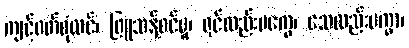
ကျင့်ဝတ်စုံလင်၊ ဖြူသန့်စင်မူ၊ ရှင်လည်းမကွေ၊ သေလည်းမကွာ၊